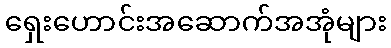
ရှေးဟောင်းအဆောက်အအုံများ